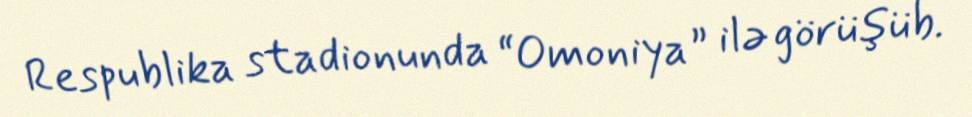
Respublika stadionunda “Omoniya” ilə görüşüb.